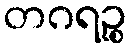
တဂရဉ္စ